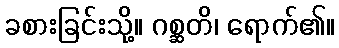
ခစားခြင်းသို့။ ဂစ္ဆတိ၊ ရောက်၏။